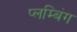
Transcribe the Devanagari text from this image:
प्लम्बिंग